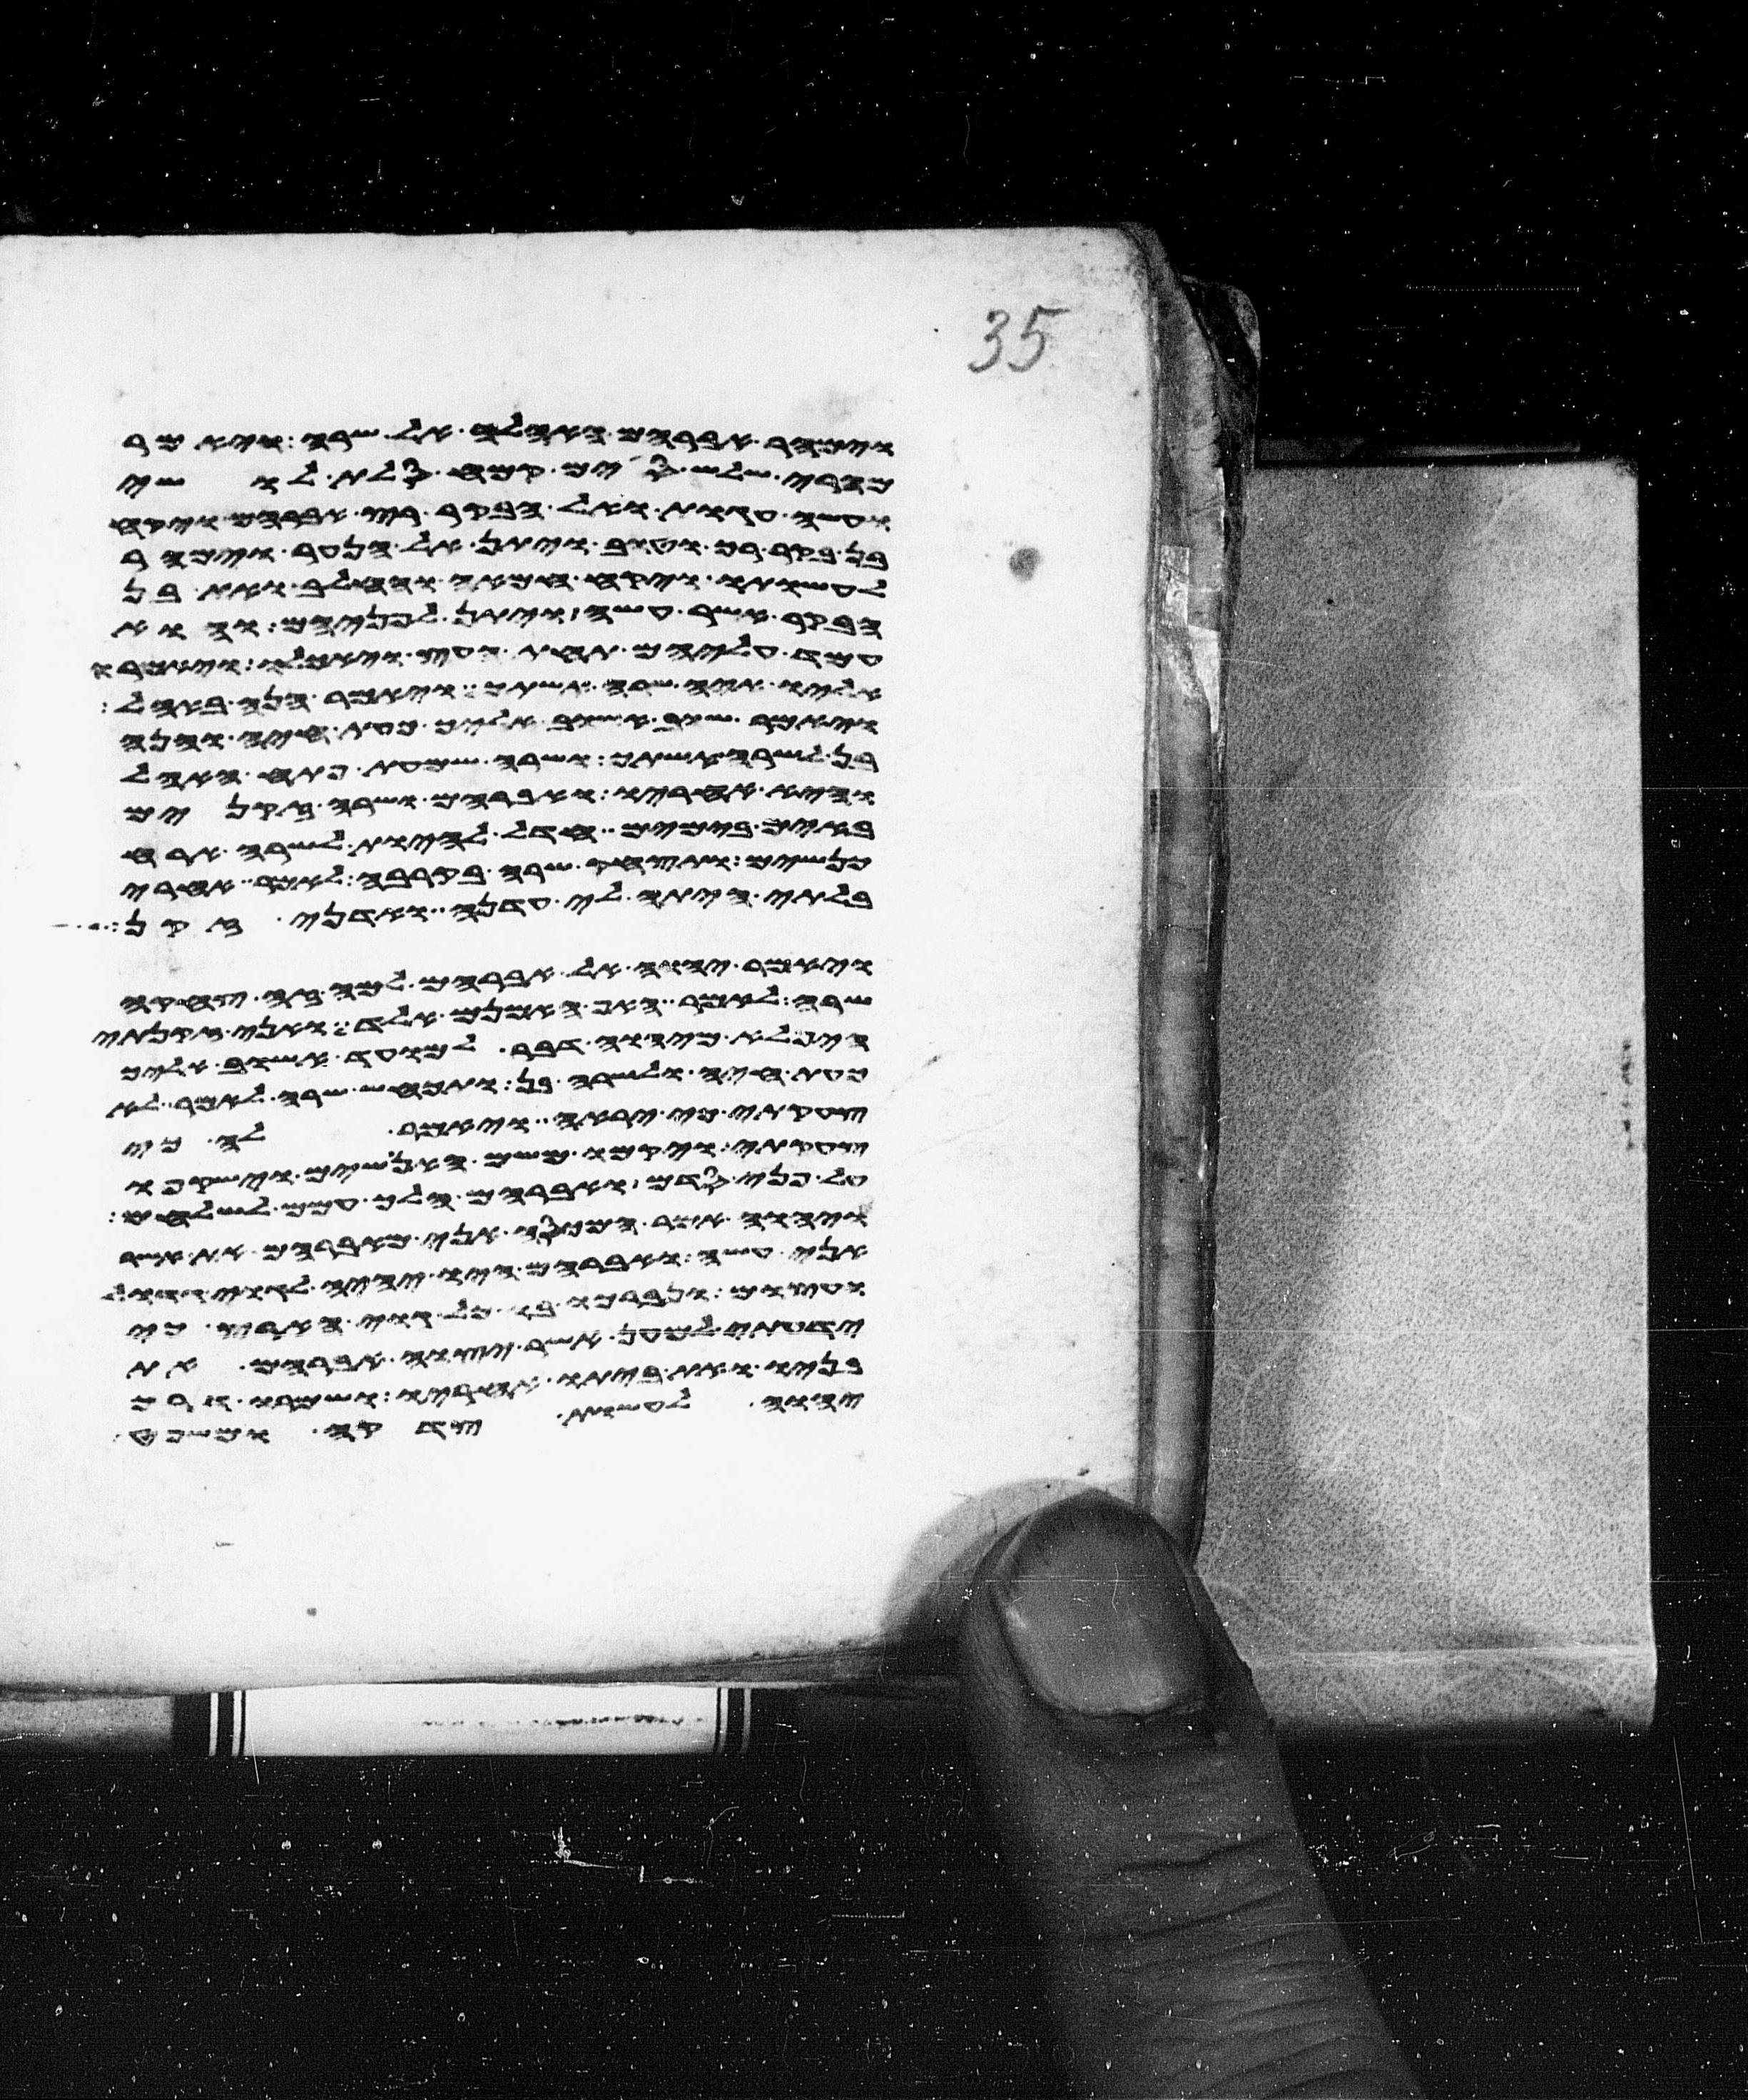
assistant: וימהר אברהם האהלה אל שרה ויאמר
מהרי שלש סים קמח סלת לושי
ועשה עגות ואל הבקר רץ אברהם ויקח
בן בקר רך וטוב ויתן אל הנער וימהר
לעשותו ויקח חמאה וחלב ואת בן
הבקר אשר עשה ויתן לפניהם והוא
עמד עליהם תחת העץ ויאכלו ויאמרו
אליו איה שרה אשתך ויאמר הנה באהל
ויאמר שוב אשוב אליך כעת חיה והנה
בן לשרה אשתך ושרה שמעת פתח האהל
והיא אחריו ואברהם ושרה זקנים
באים בימים חדל להיות לשרה ארח
כנשים ותצחק שרה בקרבה לאמר אחרי
בלתי היתה לי עדנה ואדני זקן
ויאמר יהוה אל אברהם למה זה צחקה
שרה לאמר האף אמנם אלד ואני זקנתי
היפלא מיהוה דבר למועד אשוב אליך
כעת חיה ולשרה בן ותכחש שרה לאמר לא
צחקתי כי יראה ויאמר לה כי
צחקת ויקמו משם האנושים וישקפו
על פני סדם ואברהם הלך עמם לשלחם
ויהוה אמר המכסה אני מאברהם את אשר
אני עשה ואברהם היו יהיה לגוי גדול
ועצום ונברכו בו כל גוי הארץ כי
ידעתי למען אשר יצוה אברהם את
בניו ואת ביתו אחריו ושמרו דרך
יהוה לעשות צדקה ומשפט